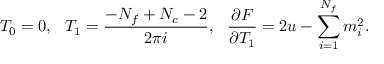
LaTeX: T _ { 0 } = 0 , \ \ T _ { 1 } = \frac { - N _ { f } + N _ { c } - 2 } { 2 \pi i } , \ \ \frac { \partial F } { \partial T _ { 1 } } = 2 u - \sum _ { i = 1 } ^ { N _ { f } } m _ { i } ^ { 2 } .